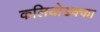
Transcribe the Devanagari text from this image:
कलियोडक्का